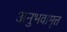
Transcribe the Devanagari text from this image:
अनुभवामृत्त